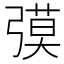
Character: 𰐟